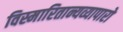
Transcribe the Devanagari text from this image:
विस्मारितान्यव्यापारो